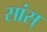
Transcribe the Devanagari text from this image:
सांस्